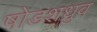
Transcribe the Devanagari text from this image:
षोडशध्रुव